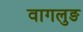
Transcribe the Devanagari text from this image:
वागलुङ